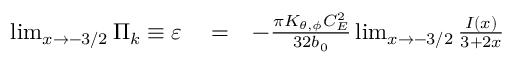
\begin{array} { r l r } { \operatorname* { l i m } _ { x \to - 3 / 2 } \Pi _ { k } \equiv \varepsilon } & { { } = } & { - \frac { \pi K _ { \theta , \phi } C _ { E } ^ { 2 } } { 3 2 b _ { 0 } } \operatorname* { l i m } _ { x \to - 3 / 2 } \frac { I ( x ) } { 3 + 2 x } } \end{array}